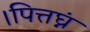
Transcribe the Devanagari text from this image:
।पित्तघ्नं